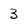
Character: 3